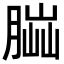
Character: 𦝶